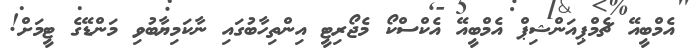
އެމްބީއޭ ޗެމްޕިއަންޝިޕް އެމްބީއޭ އެކްސްކޯ މެޖޯރިޓީ އިންތިހާބުގައި ނާކަމިޔާބުވި މަންޑޭގެ ޓީމަށް!